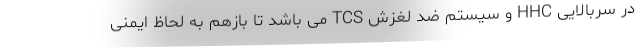
در سربالایی HHC و سیستم ضد لغزش TCS می باشد تا بازهم به لحاظ ایمنی